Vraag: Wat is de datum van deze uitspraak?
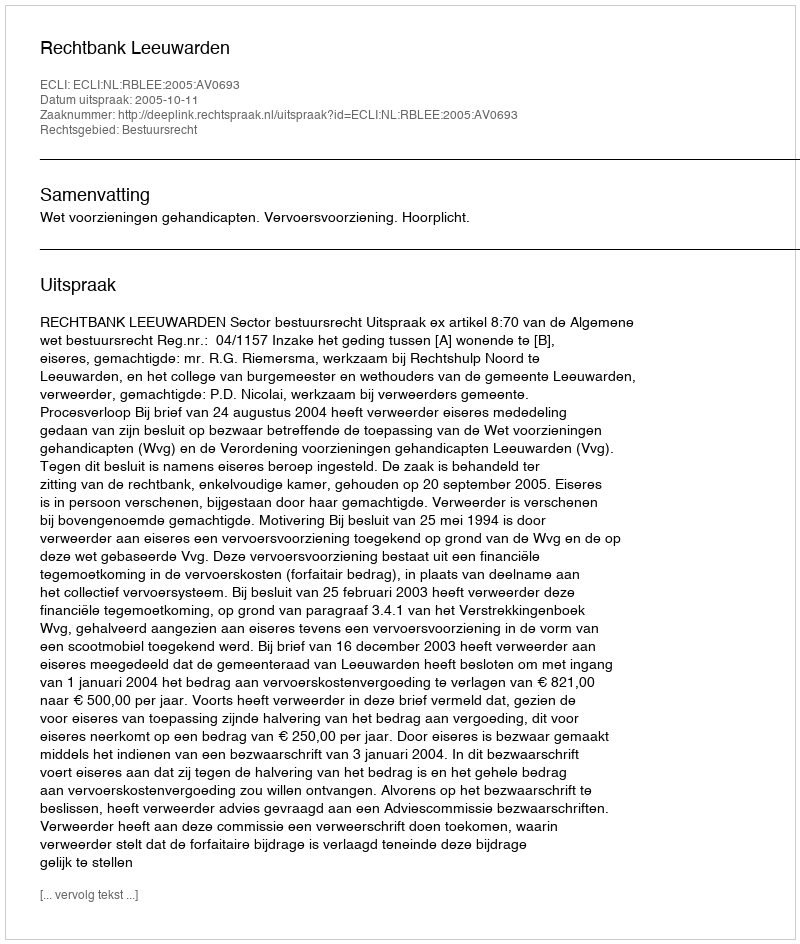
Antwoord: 2005-10-11